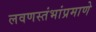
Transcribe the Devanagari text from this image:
लवणस्तंभांप्रमाणे